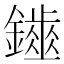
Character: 𨮷